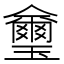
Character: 𤫆